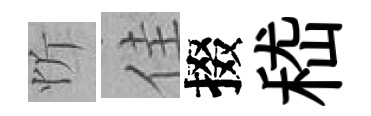
忻佳掇嵇